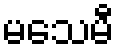
မသေမီ